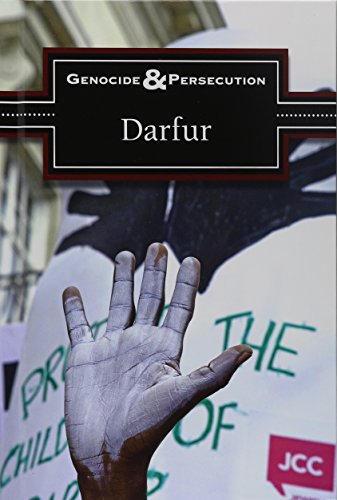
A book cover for Darfur (Genocide and Persecution); Noah Berlatsky; Teen & Young Adult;